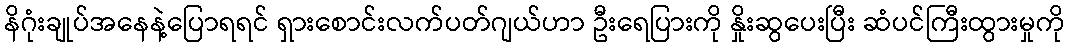
နိဂုံးချုပ်အနေနဲ့ပြောရရင် ရှားစောင်းလက်ပတ်ဂျယ်ဟာ ဦးရေပြားကို နှိုးဆွပေးပြီး ဆံပင်ကြီးထွားမှုကို